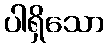
ပါရှိသော